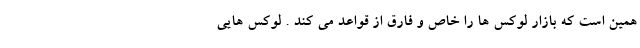
همین است که بازار لوکس ها را خاص و فارق از قواعد می کند . لوکس هایی